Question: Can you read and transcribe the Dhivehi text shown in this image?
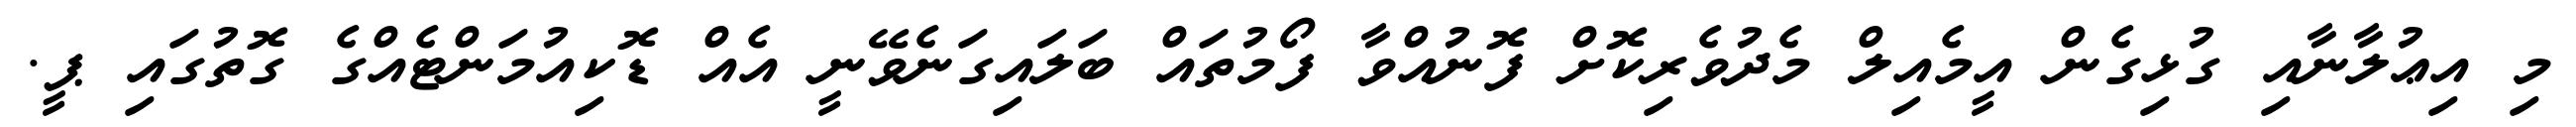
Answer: މި އިޢުލާނާއި ގުޅިގެން އީމެއިލް މެދުވެރިކޮށް ފޮނުއްވާ ފޯމުތައް ބަލައިގަނެވޭނީ އެއް ޑޮކިއުމަންޓެއްގެ ގޮތުގައި ޕީ.